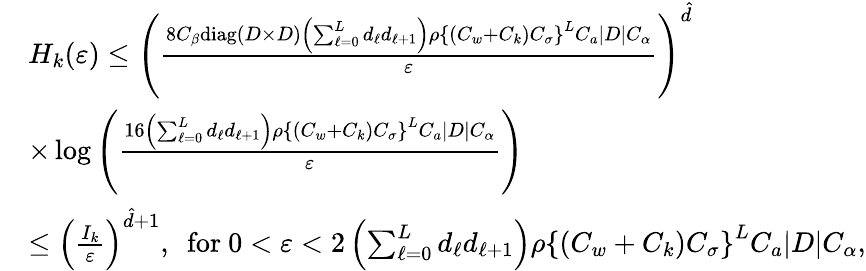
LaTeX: \begin{array}{rl}&{H_{k}(\varepsilon)\leq\left(\frac{8C_{\beta}\mathrm{diag}(D\times D)\left(\sum_{\ell=0}^{L}d_{\ell}d_{\ell+1}\right)\rho\left\{ (C_{w}+C_{k})C_{\sigma}\right\} ^{L}C_{a}|D|C_{\alpha}}{\varepsilon}\right)^{\hat{d}}}\\ &{\times\log\left(\frac{16\left(\sum_{\ell=0}^{L}d_{\ell}d_{\ell+1}\right)\rho\left\{ (C_{w}+C_{k})C_{\sigma}\right\} ^{L}C_{a}|D|C_{\alpha}}{\varepsilon}\right)}\\ &{\leq\left(\frac{I_{k}}{\varepsilon}\right)^{\hat{d}+1},\ \ \mathrm{for}\ 0<\varepsilon<2\left(\sum_{\ell=0}^{L}d_{\ell}d_{\ell+1}\right)\rho\left\{ (C_{w}+C_{k})C_{\sigma}\right\} ^{L}C_{a}|D|C_{\alpha},}\end{array}